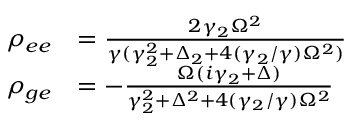
\begin{array} { r l } { \rho _ { e e } } & { = \frac { 2 \gamma _ { 2 } \Omega ^ { 2 } } { \gamma ( \gamma _ { 2 } ^ { 2 } + \Delta _ { 2 } + 4 ( \gamma _ { 2 } / \gamma ) \Omega ^ { 2 } ) } } \\ { \rho _ { g e } } & { = - \frac { \Omega ( i \gamma _ { 2 } + \Delta ) } { \gamma _ { 2 } ^ { 2 } + \Delta ^ { 2 } + 4 ( \gamma _ { 2 } / \gamma ) \Omega ^ { 2 } } } \end{array}